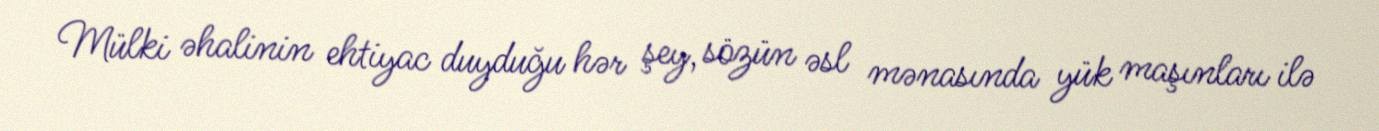
Mülki əhalinin ehtiyac duyduğu hər şey, sözün əsl mənasında yük maşınları ilə